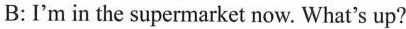
B: I'm in the supermarket now. What's up?